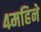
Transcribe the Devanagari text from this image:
४महिने